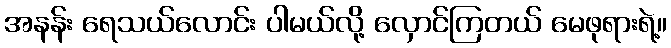
အနန်း ရေသယ်လောင်း ပါမယ်လို့ လှောင်ကြတယ် မေဖုရားရဲ့။